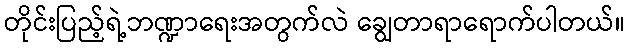
တိုင်းပြည့်ရဲ့ဘဏ္ဍာရေးအတွက်လဲ ချွေတာရာရောက်ပါတယ်။